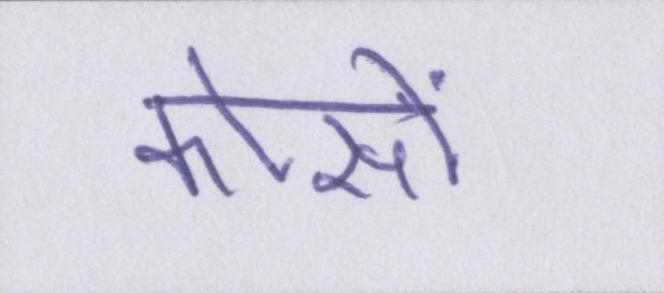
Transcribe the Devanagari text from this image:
कोसों